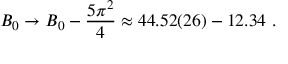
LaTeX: B _ { 0 } \rightarrow B _ { 0 } - \frac { 5 \pi ^ { 2 } } { 4 } \approx 4 4 . 5 2 ( 2 6 ) - 1 2 . 3 4 \ .